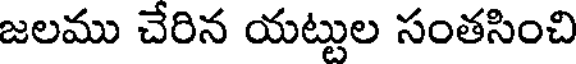
జలము చేరిన యట్టుల సంతసించి